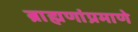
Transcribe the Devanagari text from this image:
ब्राह्मणांप्रमाणे